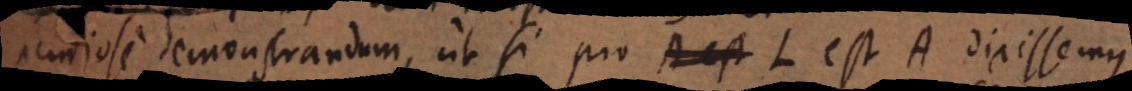
pendiose demonstrandum, ut si pro L est A dixissemus